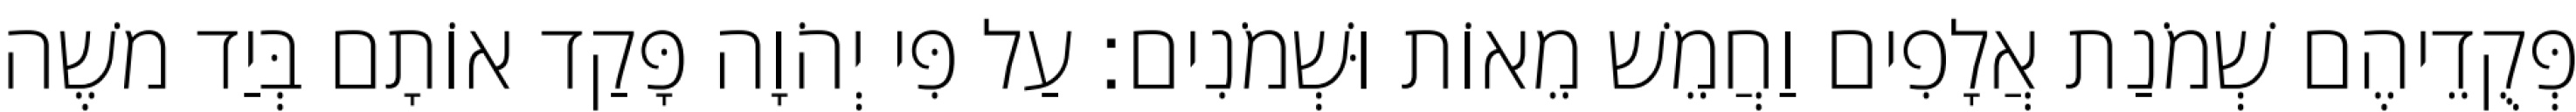
פְּקֻדֵיהֶם שְׁמֹנַת אֲלָפִים וַחֲמֵשׁ מֵאוֹת וּשְׁמֹנִים׃ עַל פִּי יְהֹוָה פָּקַד אוֹתָם בְּיַד משֶׁה